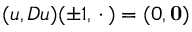
( u , D u ) ( \pm 1 , \mathrel { \, \cdot \, } ) = ( 0 , \mathbf { 0 } )